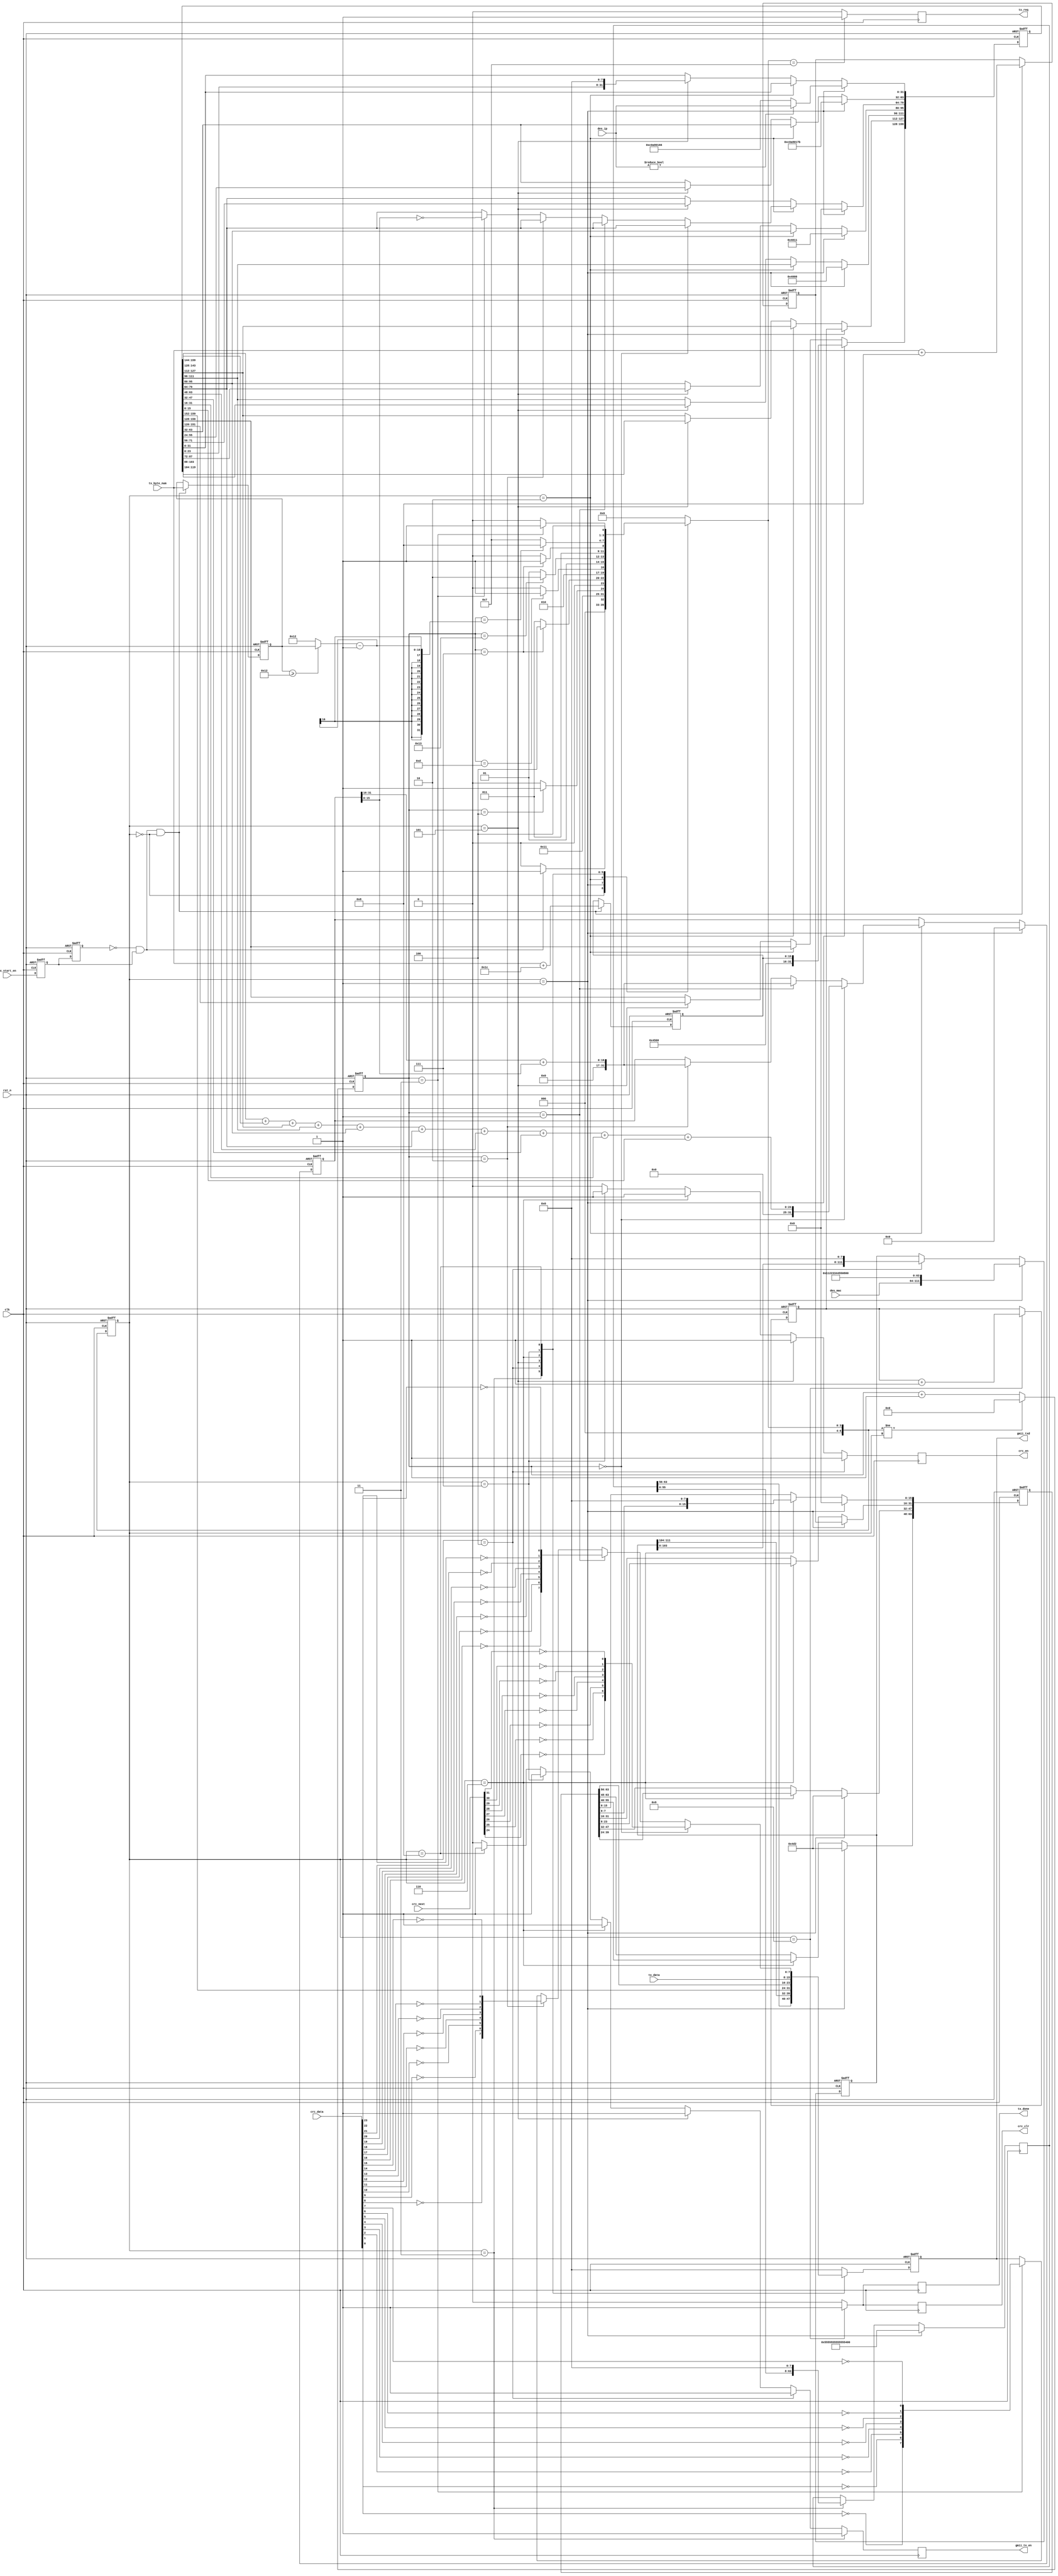
module udp_tx (
    input        clk,      //
    input        rst_n,    //
    input [47:0] des_mac,  //MAC
    input [31:0] des_ip,   //IP

    input             tx_start_en,  //
    input      [ 7:0] tx_data,      //
    input      [15:0] tx_byte_num,  //
    output reg        tx_done,      //
    output reg        tx_req,       //

    input      [31:0] crc_data,  //CRC
    input      [31:0] crc_next,  //CRC
    output reg        crc_en,    //CRC
    output reg        crc_clr,   //CRC

    output reg       gmii_tx_en,  //GMII
    output reg [7:0] gmii_txd     //GMII
);

  //parameter define
  //MAC
  parameter BOARD_MAC = 48'h00_11_22_33_44_55;
  //IP
  parameter BOARD_IP = {8'd192, 8'd168, 8'd1, 8'd123};
  //MAC
  parameter DES_MAC = 48'hff_ff_ff_ff_ff_ff;
  //IP
  parameter DES_IP = {8'd192, 8'd168, 8'd1, 8'd102};
  // IP
  localparam ETH_TYPE = 16'h0800;

  //46IP20+UDP8
  //46-20-8=18
  localparam MIN_DATA_NUM = 16'd18;
  //reg define
  reg [6:0] cur_state;
  reg [6:0] next_state;
  localparam st_idle = 7'd0;  //
  localparam st_init = 7'd1;  //
  localparam st_check_sum = 7'd2;  //IP
  localparam st_preamble = 7'd3;  //+
  localparam st_eth_head = 7'd4;  //
  localparam st_ip_head = 7'd5;  //IP
  localparam st_udp_head = 7'd6;  //UDP
  localparam st_tx_data = 7'd7;  //
  localparam st_crc = 7'd8;  //CRC
  localparam st_done = 7'd9;
  /********************************************************/

  reg  [ 63:0] preamble_header;  //
  reg  [111:0] eth_header;  //
  reg  [159:0] ip_header;  //ip
  reg  [ 63:0] udp_header;  //udp
  reg  [ 31:0] check_buffer;  //
  reg  [ 31:0] fcs_buffer;

  reg  [ 15:0] tx_data_num;  //
  reg  [ 15:0] total_num;  //
  reg  [ 15:0] udp_num;  //UDP
  wire [ 15:0] real_tx_data_num;  //()


  reg          start_en_d0;
  reg          start_en_d1;
  wire         pos_start_en;  //

  //*****************************************************
  //**                    main code
  //*****************************************************

  assign pos_start_en     = (~start_en_d1) & start_en_d0;
  assign real_tx_data_num = (tx_data_num >= MIN_DATA_NUM) ? tx_data_num : MIN_DATA_NUM;

  //tx_start_en
  always @(posedge clk or negedge rst_n) begin
    if (!rst_n) begin
      start_en_d0 <= 1'b0;
      start_en_d1 <= 1'b0;
    end else begin
      start_en_d0 <= tx_start_en;
      start_en_d1 <= start_en_d0;
    end
  end

  //
  always @(posedge clk or negedge rst_n) begin
    if (!rst_n) begin
      tx_data_num <= 16'd0;
      total_num   <= 16'd0;
      udp_num     <= 16'd0;
    end else begin
      if (pos_start_en && cur_state == st_idle) begin
        //
        tx_data_num <= tx_byte_num;
        //IP+IP            
        total_num   <= tx_byte_num + 16'd28;
        //UDP+UDP            
        udp_num     <= tx_byte_num + 16'd8;
      end
    end
  end

  /*****************************************************************/
  always @(posedge clk, negedge rst_n) begin
    if (!rst_n) cur_state <= st_idle;
    else cur_state <= next_state;
  end

  reg [11:0] state_cnt;
  always @(posedge clk, negedge rst_n) begin
    if (!rst_n) state_cnt <= 12'd0;
    else if (next_state != cur_state) state_cnt <= 12'd0;
    else state_cnt <= state_cnt + 1'd1;
  end

  always @(*) begin
    //next_state = st_idle;
    case (cur_state)
      st_idle: begin  //
        if (pos_start_en) next_state = st_init;
        else next_state = st_idle;
      end
      st_init: begin  //
        next_state = st_check_sum;
      end
      st_check_sum: begin  //IP
        if (state_cnt == 12'd5 - 1) next_state = st_preamble;
        else next_state = st_check_sum;
      end
      st_preamble: begin  //+
        if (state_cnt == 12'd8 - 1) next_state = st_eth_head;
        else next_state = st_preamble;
      end
      st_eth_head: begin  //
        if (state_cnt == 12'd14 - 1) next_state = st_ip_head;
        else next_state = st_eth_head;
      end
      st_ip_head: begin  //IP
        if (state_cnt == 12'd20 - 1) next_state = st_udp_head;
        else next_state = st_ip_head;
      end
      st_udp_head: begin  //UDP
        if (state_cnt == 12'd8 - 1) next_state = st_tx_data;
        else next_state = st_udp_head;
      end
      st_tx_data: begin  //
        if (state_cnt == real_tx_data_num - 1) next_state = st_crc;
        else next_state = st_tx_data;
      end
      st_crc: begin  //CRC
        if (state_cnt == 12'd4 - 1) next_state = st_done;
        else next_state = st_crc;
      end
      st_done: begin
        next_state = st_idle;
      end
      default: next_state = st_idle;
    endcase
  end

  always @(posedge clk) begin
    if (cur_state == st_init) preamble_header[63:0] <= {8'h55, 8'h55, 8'h55, 8'h55, 8'h55, 8'h55, 8'h55, 8'hd5};
    else if (cur_state == st_preamble) preamble_header[63:0] <= {preamble_header[55:0], 8'h00};
    else preamble_header[63:0] <= preamble_header[63:0];
  end

  /**************************eth header***********************************/
  always @(posedge clk, negedge rst_n) begin
    if (!rst_n) eth_header[111:0] <= {DES_MAC[47:0], BOARD_MAC[47:0], ETH_TYPE[15:0]};
    else if (cur_state == st_init) eth_header[111:0] <= {des_mac[47:0], BOARD_MAC[47:0], ETH_TYPE[15:0]};
    else if (cur_state == st_eth_head) eth_header[111:0] <= {eth_header[103:0], 8'h00};
  end
  /**************************IP header***********************************/
  reg [15:0] r_fcnt;
  always @(posedge clk, negedge rst_n) begin
    if (!rst_n) r_fcnt[15:0] <= 'd0;
    else if (cur_state == st_done) r_fcnt[15:0] <= r_fcnt[15:0] + 'd1;
    else r_fcnt[15:0] <= r_fcnt[15:0];
  end
  always @(posedge clk, negedge rst_n) begin
    if (!rst_n) begin
      check_buffer     <= 32'd0;
      ip_header[159:0] <= 160'd0;
    end else if (cur_state == st_init) begin
      check_buffer       <= 32'd0;
      //4 5(:32bit,20byte/4=5)
      ip_header[159:128] <= {8'h45, 8'h00, total_num[15:0]};
      //161     
      ip_header[127:112] <= r_fcnt[15:0];
      // ip_header[127:112] <= 16'd1;
      //bit[15:13]: 010
      ip_header[111:96]  <= 16'h4000;
      //17(udp)                  
      ip_header[95:64]   <= {8'h40, 8'h11, 8'h00, 8'h00};
      //IP
      ip_header[63:32]   <= BOARD_IP[31:0];
      //IP    
      if (des_ip != 32'd0) ip_header[31:0] <= des_ip[31:0];
      else ip_header[31:0] <= DES_IP[31:0];
    end else if (cur_state == st_check_sum) begin
      if (state_cnt == 5'd0) begin
        check_buffer[31:0] <= ip_header[159:144] + ip_header[143:128] + ip_header[127:112] + ip_header[111:96] + ip_header[95:80] + ip_header[79:64] + ip_header[63:48] + ip_header[47:32] + ip_header[31:16] + ip_header[15:0];
      end else if (state_cnt == 5'd1)  //,
        check_buffer[31:0] <= check_buffer[31:16] + check_buffer[15:0];
      else if (state_cnt == 5'd2) begin  //,
        check_buffer[31:0] <= check_buffer[31:16] + check_buffer[15:0];
      end else if (state_cnt == 5'd3) begin  //
        ip_header[79:64] <= ~check_buffer[15:0];
      end
    end else if (cur_state == st_ip_head) ip_header[159:0] <= {ip_header[151:0], 8'h00};
  end
  /**************************udp header***********************************/
  always @(posedge clk, negedge rst_n) begin
    if (!rst_n) udp_header[63:0] <= 64'd0;
    else if (cur_state == st_init) begin
      //161234
      udp_header[63:48] <= {16'd1234};
      //161234
      udp_header[47:32] <= {16'd1234};
      //16udp
      udp_header[31:16] <= udp_num[15:0];
      //16udp
      udp_header[15:0]  <= 16'h0000;
    end else if (cur_state == st_udp_head) udp_header[63:0] <= {udp_header[55:0], 8'h00};
  end
  /**************************fcs***********************************/
  always @(posedge clk, negedge rst_n) begin
    if (!rst_n) fcs_buffer[31:0] <= 64'd0;
    else if (cur_state == st_crc && state_cnt == 'd0) begin
      fcs_buffer[31:0] <= crc_next[31:0];
    end else if (next_state == st_crc) fcs_buffer[31:0] <= {fcs_buffer[24:0], 8'h00};
  end

  /**************************gmii txd************************************/
  always @(posedge clk, negedge rst_n) begin
    if (!rst_n) gmii_txd[7:0] <= 8'h00;
    else
      case (cur_state)
        st_idle: begin  //
          gmii_txd[7:0] <= 8'h00;
        end
        st_init: begin  //
          gmii_txd[7:0] <= 8'h00;
        end
        st_check_sum: begin  //IP
          gmii_txd[7:0] <= 8'h00;
        end
        st_preamble: begin  //+
          gmii_txd[7:0] <= preamble_header[63:56];
        end
        st_eth_head: begin  //
          gmii_txd[7:0] <= eth_header[111:104];
        end
        st_ip_head: begin  //IP
          gmii_txd[7:0] <= ip_header[159:152];
        end
        st_udp_head: begin  //UDP
          gmii_txd[7:0] <= udp_header[63:56];
        end
        st_tx_data: begin  //
          gmii_txd[7:0] <= tx_data[7:0];
        end
        st_crc: begin  //CRC
          if (state_cnt == 3'd0) gmii_txd <= {~crc_next[24], ~crc_next[25], ~crc_next[26], ~crc_next[27], ~crc_next[28], ~crc_next[29], ~crc_next[30], ~crc_next[31]};
          else if (state_cnt == 3'd1) gmii_txd <= {~crc_data[16], ~crc_data[17], ~crc_data[18], ~crc_data[19], ~crc_data[20], ~crc_data[21], ~crc_data[22], ~crc_data[23]};
          else if (state_cnt == 3'd2) begin
            gmii_txd <= {~crc_data[8], ~crc_data[9], ~crc_data[10], ~crc_data[11], ~crc_data[12], ~crc_data[13], ~crc_data[14], ~crc_data[15]};
          end else if (state_cnt == 3'd3) begin
            gmii_txd <= {~crc_data[0], ~crc_data[1], ~crc_data[2], ~crc_data[3], ~crc_data[4], ~crc_data[5], ~crc_data[6], ~crc_data[7]};
          end
        end
        st_done: begin
          gmii_txd[7:0] <= 8'h00;
        end
        default: gmii_txd[7:0] <= 8'h00;
      endcase
  end

  always @(posedge clk) begin
    if (next_state == st_tx_data) tx_req <= 1'b1;  //nextstatefifofist word 
    else tx_req <= 1'b0;
  end

  reg r_crc_en;  //crcen
  always @(posedge clk) begin
    if (cur_state == st_eth_head) crc_en <= 1'b1;
    else if (cur_state == st_ip_head) crc_en <= 1'b1;
    else if (cur_state == st_udp_head) crc_en <= 1'b1;
    else if (cur_state == st_tx_data) crc_en <= 1'b1;
    else crc_en <= 1'b0;
  end

  always @(posedge clk) begin
    if (cur_state == st_preamble) gmii_tx_en <= 1'b1;
    else if (cur_state == st_eth_head) gmii_tx_en <= 1'b1;
    else if (cur_state == st_ip_head) gmii_tx_en <= 1'b1;
    else if (cur_state == st_udp_head) gmii_tx_en <= 1'b1;
    else if (cur_state == st_tx_data) gmii_tx_en <= 1'b1;
    else if (cur_state == st_crc) gmii_tx_en <= 1'b1;
    else gmii_tx_en <= 1'b0;
  end
  //crc
  always @(posedge clk) begin
    if (cur_state == st_done) begin
      tx_done <= 1'b1;
      crc_clr <= 1'b1;
    end else begin
      tx_done <= 1'b0;
      crc_clr <= 1'b0;
    end
  end

endmodule